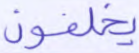
يخلفون